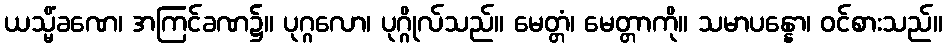
ယသ္မိံခဏေ၊ အကြင်ခဏ၌။ ပုဂ္ဂလော၊ ပုဂ္ဂိုလ်သည်။ မေတ္တံ၊ မေတ္တာကို။ သမာပန္နော၊ ဝင်စားသည်။